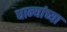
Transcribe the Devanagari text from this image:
धान्यांच्या